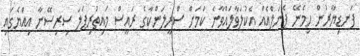
ފަނޑިޔާރުން ހިމެނޭ ޕެނަލްއެއް އެކުލަވާލައްވާނެ ކަމަށް ސްރީލަންކާގެ ރައީސް މައިތުރިޕަލަ ސިރިސޭނާ އިއްޔެގައި